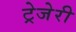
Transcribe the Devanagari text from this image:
ट्रेजेरी